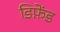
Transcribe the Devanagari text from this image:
डिफ़ेंड